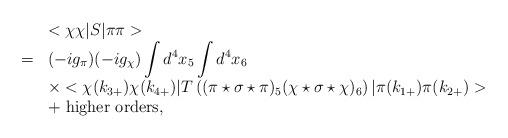
LaTeX: \begin{align*}\begin{array}{rl}&<\chi\chi|S|\pi\pi>\\=&\displaystyle(-ig_{\pi})(-ig_{\chi})\int d^4x_5\int d^4x_6\\&\displaystyle\times<\chi(k_{3+})\chi(k_{4+})|T\left((\pi\star\sigma\star\pi)_5(\chi\star\sigma\star\chi)_6\right)|\pi(k_{1+})\pi(k_{2+})>\\\displaystyle&+{\rm ~higher~orders},\end{array}\end{align*}